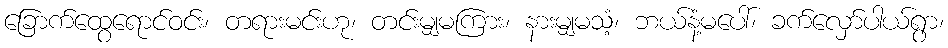
ခြောက်ထွေရောင်ဝင်း၊ တရားမင်းဟု၊ တင်းမျှမကြား၊ နားမျှမသံ့၊ ဘယ်နံ့မပေါ်၊ ခက်လှော်ပါယ်ရွာ၊